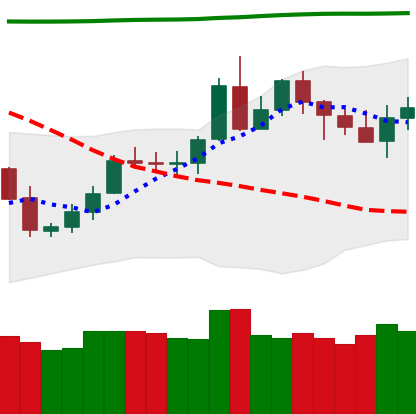
Ticker: LTC-USD
Chart end date: 2020-05-08
Forward return: -9.915%
Label: down_7plus